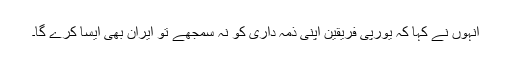
انہوں نے کہا کہ یورپی فریقین اپنی ذمہ داری کو نہ سمجھے تو ایران بھی ایسا کرے گا۔